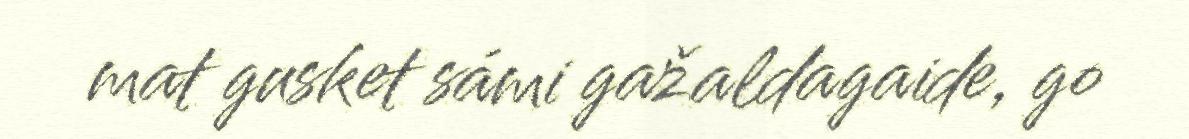
mat gusket sámi gažaldagaide, go